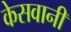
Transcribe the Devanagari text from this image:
केसवानी